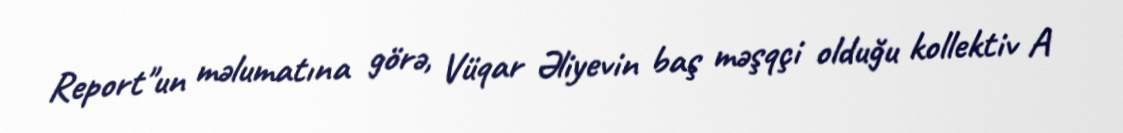
Report"un məlumatına görə, Vüqar Əliyevin baş məşqçi olduğu kollektiv A